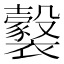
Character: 𧞹